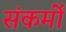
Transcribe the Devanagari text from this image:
संकर्मों